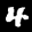
Label: 4